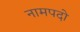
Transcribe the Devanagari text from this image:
नामपदो